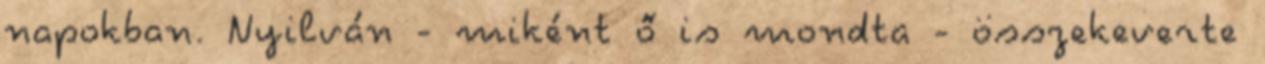
napokban. Nyilván - miként ő is mondta - összekeverte